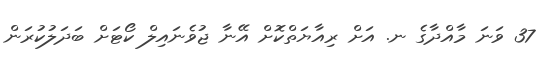
37 ވަނަ މާއްދާގެ ނ. އަށް ރިއާޔަތްކޮށް އޭނާ ޖުވެނައިލް ކޯޓަށް ބަދަލުކުރަން